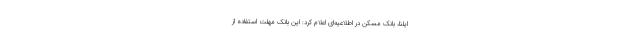
ایلنا، بانک مسکن در اطلاعیه‌ای اعلام کرد: این بانک مهلت استفاده از